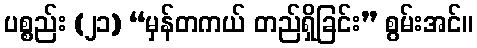
ပစ္စည်း (၂၁) “မှန်တကယ် တည်ရှိခြင်း” စွမ်းအင်။